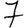
Digit: 7